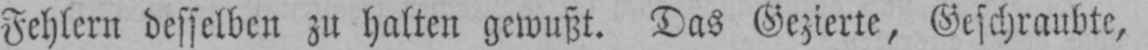
Fehlern desselben zu halten gewußt. Das Gezierte, Geschraubte,